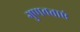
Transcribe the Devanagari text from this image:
गुणवत्ताएं